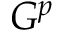
G ^ { p }